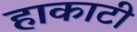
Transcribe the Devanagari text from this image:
हाकाटी